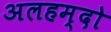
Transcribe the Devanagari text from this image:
अलहम्दो